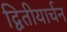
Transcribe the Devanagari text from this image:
द्वितीयार्चन